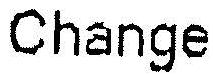
CHANGE